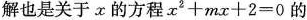
解也是关于x的方程$$x ^ { 2 } + m x + 2 = 0$$的